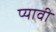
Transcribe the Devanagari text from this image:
प्यावी